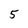
Character: 5